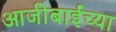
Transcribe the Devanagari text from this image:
आजीबाईंच्या